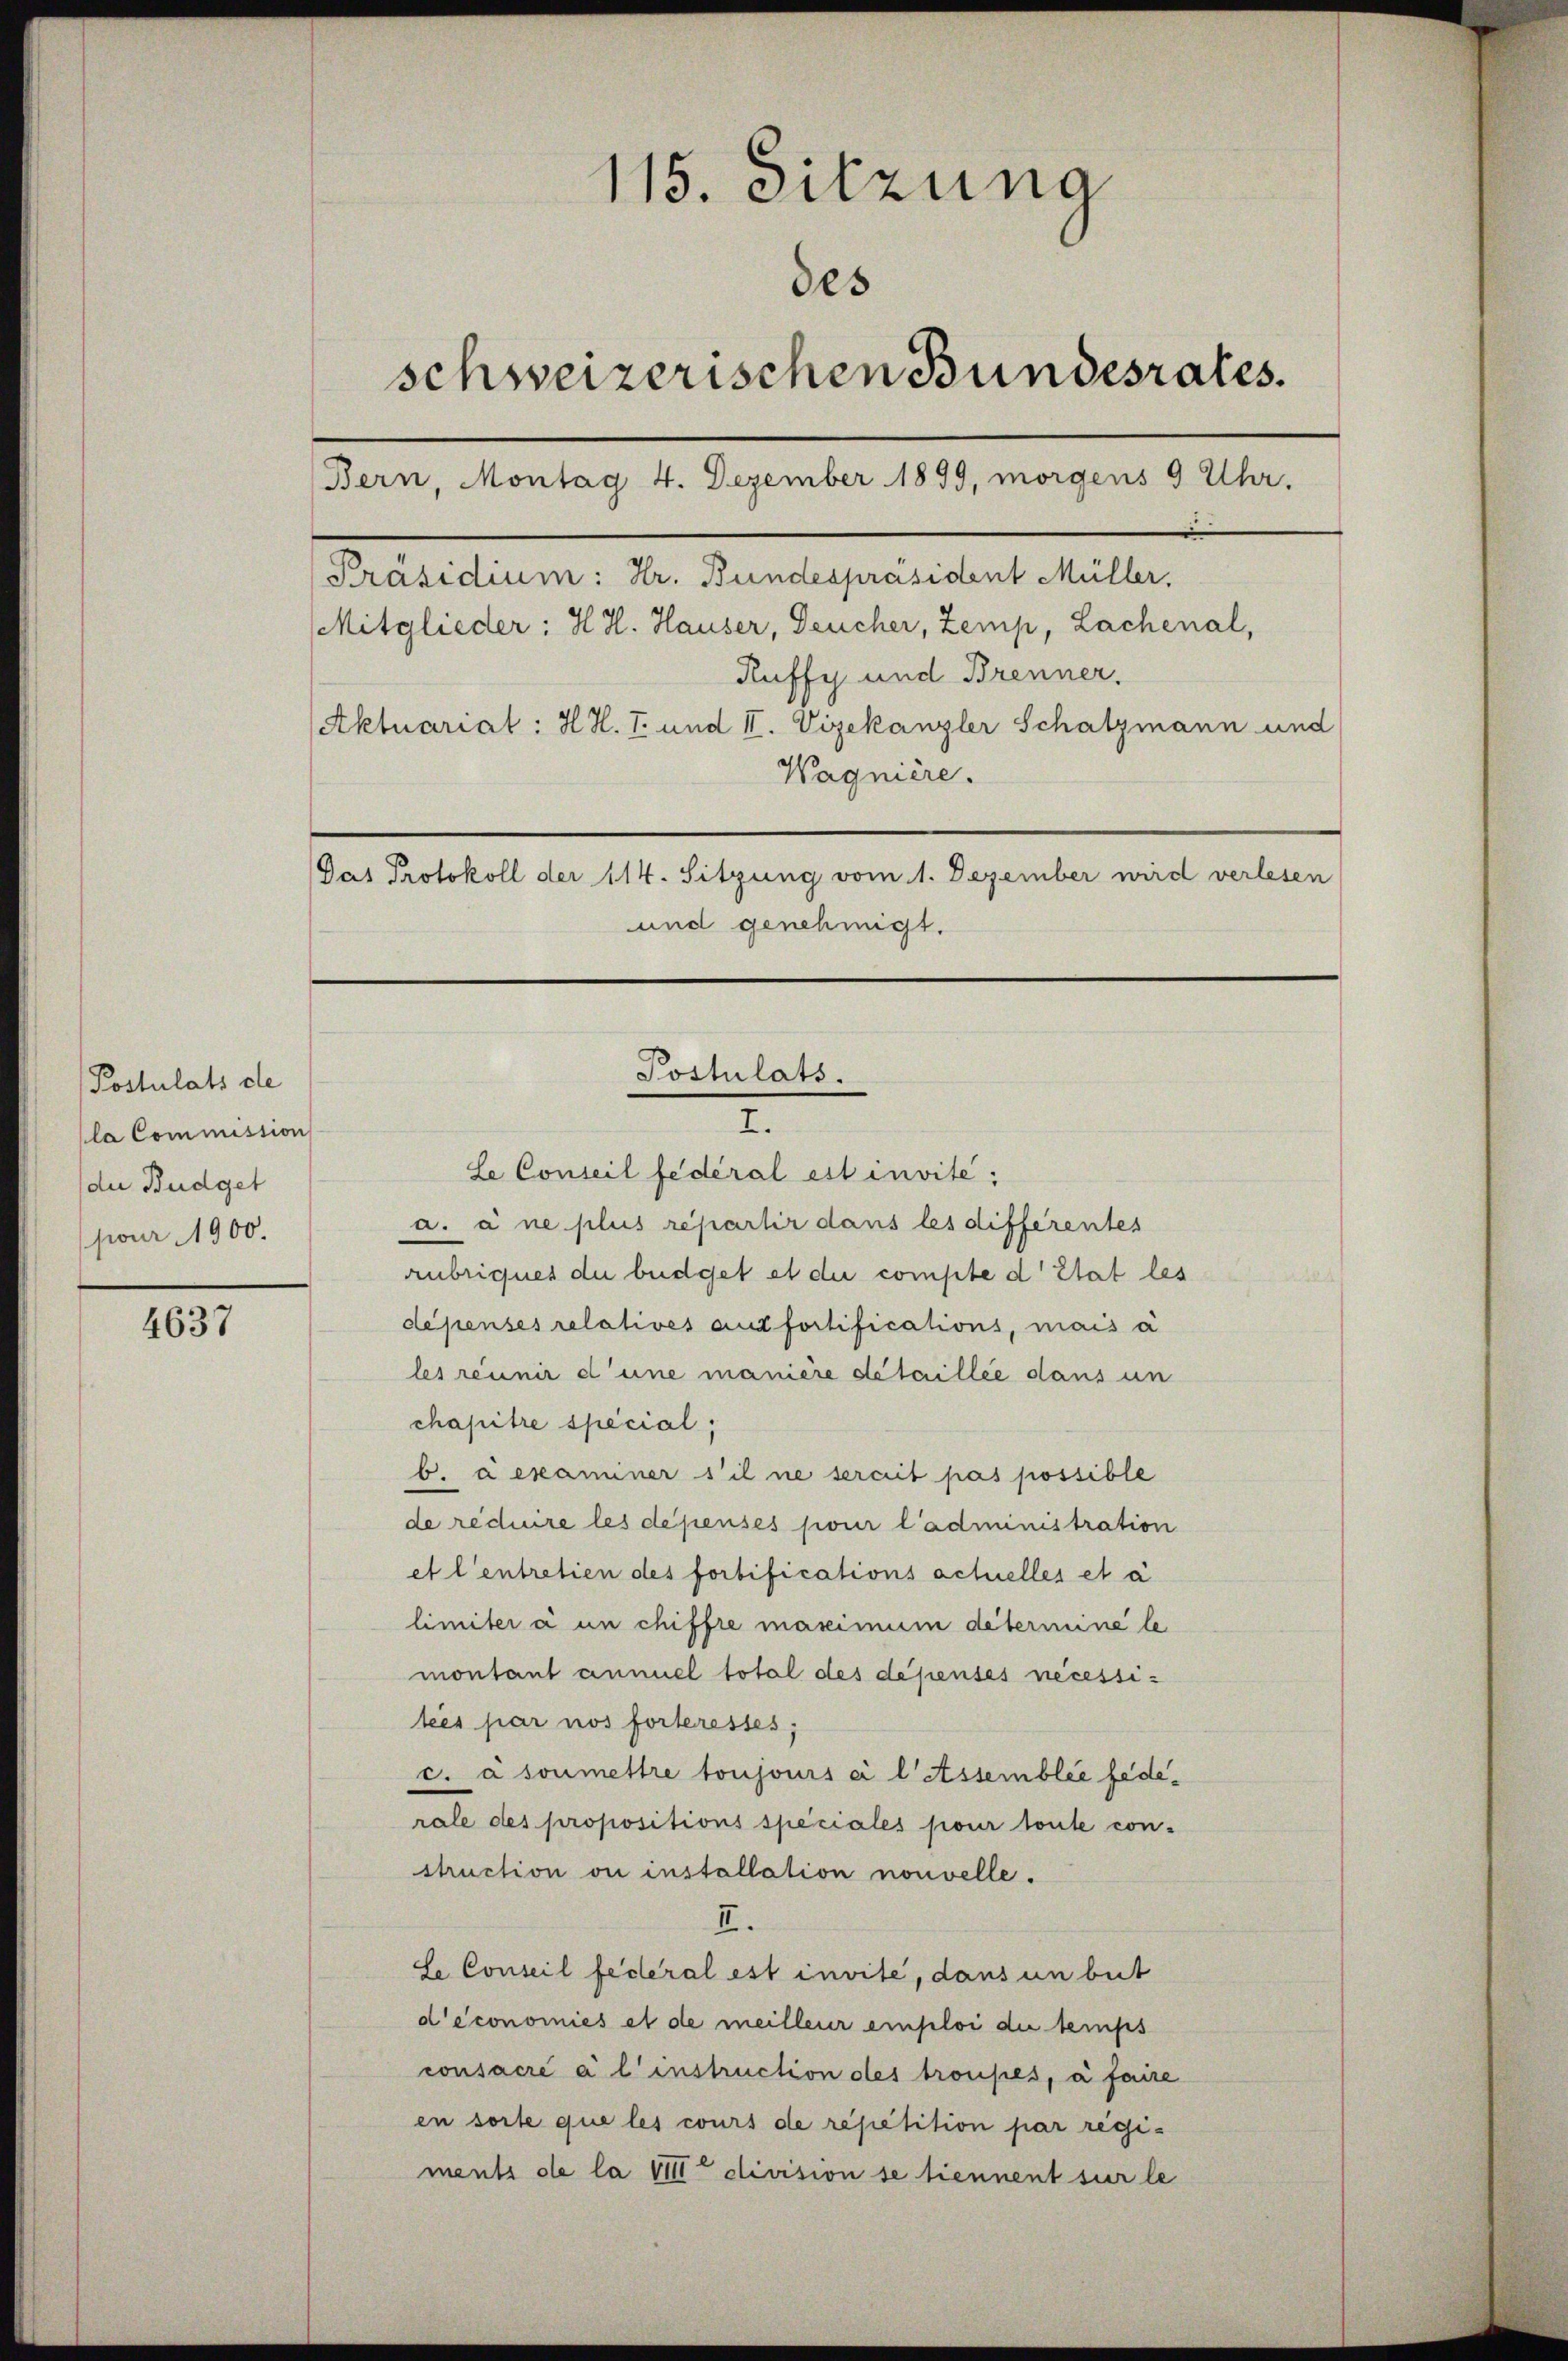
4637

Postulats de
la Commission
die Budget
pour 1900.

115. Sitzung
des
schweizerischen Bundesrates.
Bern, Montag 4. Dezember 1899, morgens 9 Uhr.
Präsidium: Hr. Bundespräsident Müller.
Mitglieder: H. H. Hauser, Deucher, Zemp, Lachenal,
Ruffy und Brenner.
Aktuarial : H. H. T. und II. Vizekanzler Schatzmann und
Wagnière.
Pas Protokoll der 114. Sitzung vom 1. Dezember wird verlesen
und genehmigt.

Postulats.

I.
le Conseil fédéral est invite;
a. a ne plus repartir dans les différentes
anbriques du büdget et die compte d’Etat les
dépenses relatives ausfortifications, mais à
les réunir d’une manière détaillée dans un
chapitre special,
b. a examiner s’il ne serait pas possible
de réduire les dépensés pour l’administration
et l’entretien des fortifications achelles et à
limiter à un chiffre maximum deterimine le
montant annuel total des dépenses necessilées par nos forteresses,
c. a soumettre toujours ci l Assemblée federale des propositions speciales pour toute con-
struction vi installation nouvelle.
II.
se Conseil federal est invite, dans un beit
d’économies et de meilleur emploi die temps
consacré à l’instruction des troupes, à faire
en sorte que les cours de répétition par regiments de la VIII division se tiennent sur le